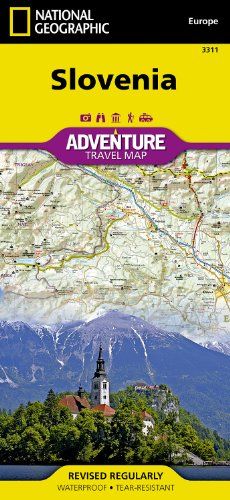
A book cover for Slovenia (National Geographic Adventure Map); National Geographic Maps - Adventure; Travel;